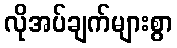
လိုအပ်ချက်များစွာ